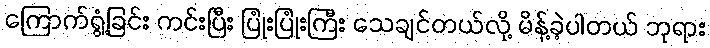
ကြောက်ရွံ့ခြင်း ကင်းပြီး ပြုံးပြုံးကြီး သေချင်တယ်လို့ မိန့်ခဲ့ပါတယ် ဘုရား